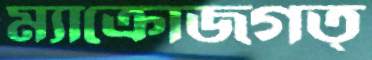
ম্যাক্রোজগত্